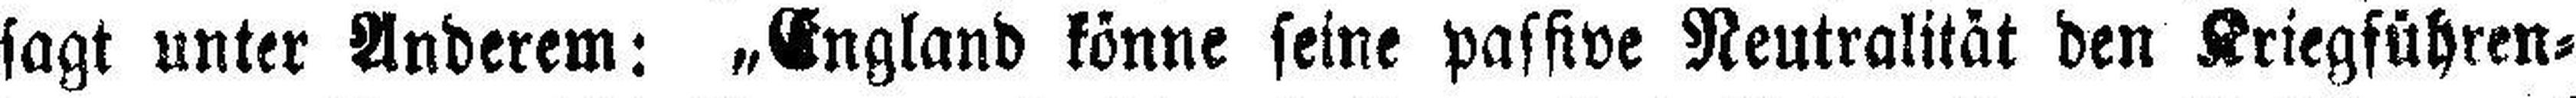
sagt unter Anderem: „England könne seine passive Neutralität den Kriegführen¬